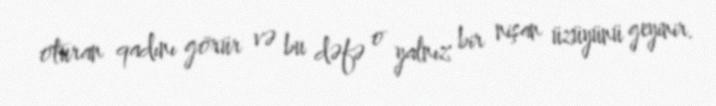
oturan qadını görür və bu dəfə o yalnız bir nişan üzüyünü geyinir.